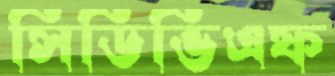
সিডিভিএফ